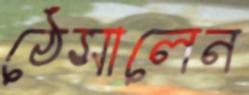
ঠেসালেন